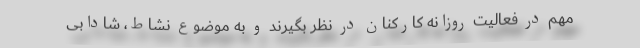
مهم در فعالیت روزانه کارکنان در نظر بگیرند و به موضوع نشاط، شادابی